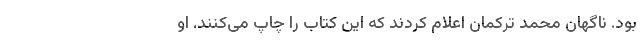
بود. ناگهان محمد ترکمان اعلام کردند که این کتاب را چاپ می‌کنند. او